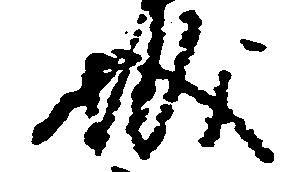
城